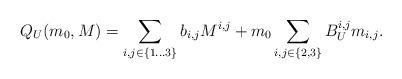
LaTeX: \begin{align*} Q_U(m_0,M)=\sum_{i,j\in\{1\dots3\}} b_{i,j} M^{i,j}+ m_0 \sum_{i,j\in\{2,3\}} B_U^{i,j}m_{i,j}.\end{align*}